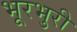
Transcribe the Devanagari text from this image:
भूरभुरी